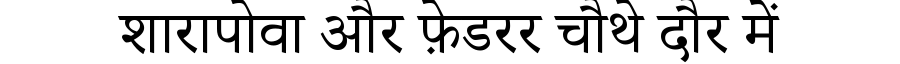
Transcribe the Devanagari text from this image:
शारापोवा और फ़ेडरर चौथे दौर में